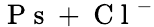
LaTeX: {\mathrm{~P~s~}+\mathrm{~C~l~}^{-}}